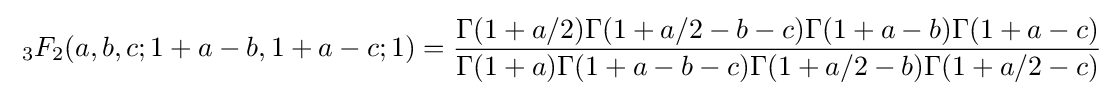
\;_{3}F_{2}(a,b,c;1+a-b,1+a-c;1)={\frac {\Gamma (1+a/2)\Gamma (1+a/2-b-c)\Gamma (1+a-b)\Gamma (1+a-c)}{\Gamma (1+a)\Gamma (1+a-b-c)\Gamma (1+a/2-b)\Gamma (1+a/2-c)}}